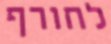
לחורף